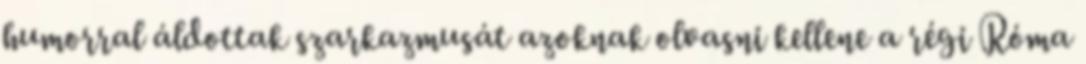
humorral áldottak szarkazmusát azoknak olvasni kellene a régi Róma